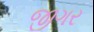
જીગર